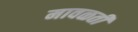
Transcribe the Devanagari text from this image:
मावळती